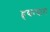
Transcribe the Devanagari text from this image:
हृद्याघात